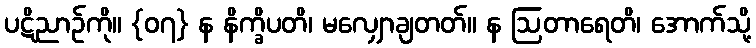
ပဋိညာဉ်ကို။ {၀၇} န နိက္ခိပတိ၊ မလျှောချတတ်။ န ဩတာရေတိ၊ အောက်သို့